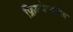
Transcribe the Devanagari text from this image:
फ्रिक्वेन्सीज